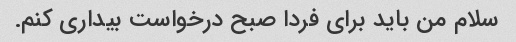
سلام من باید برای فردا صبح درخواست بیداری کنم.